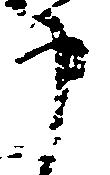
申